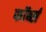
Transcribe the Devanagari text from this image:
फॉर्ब्स